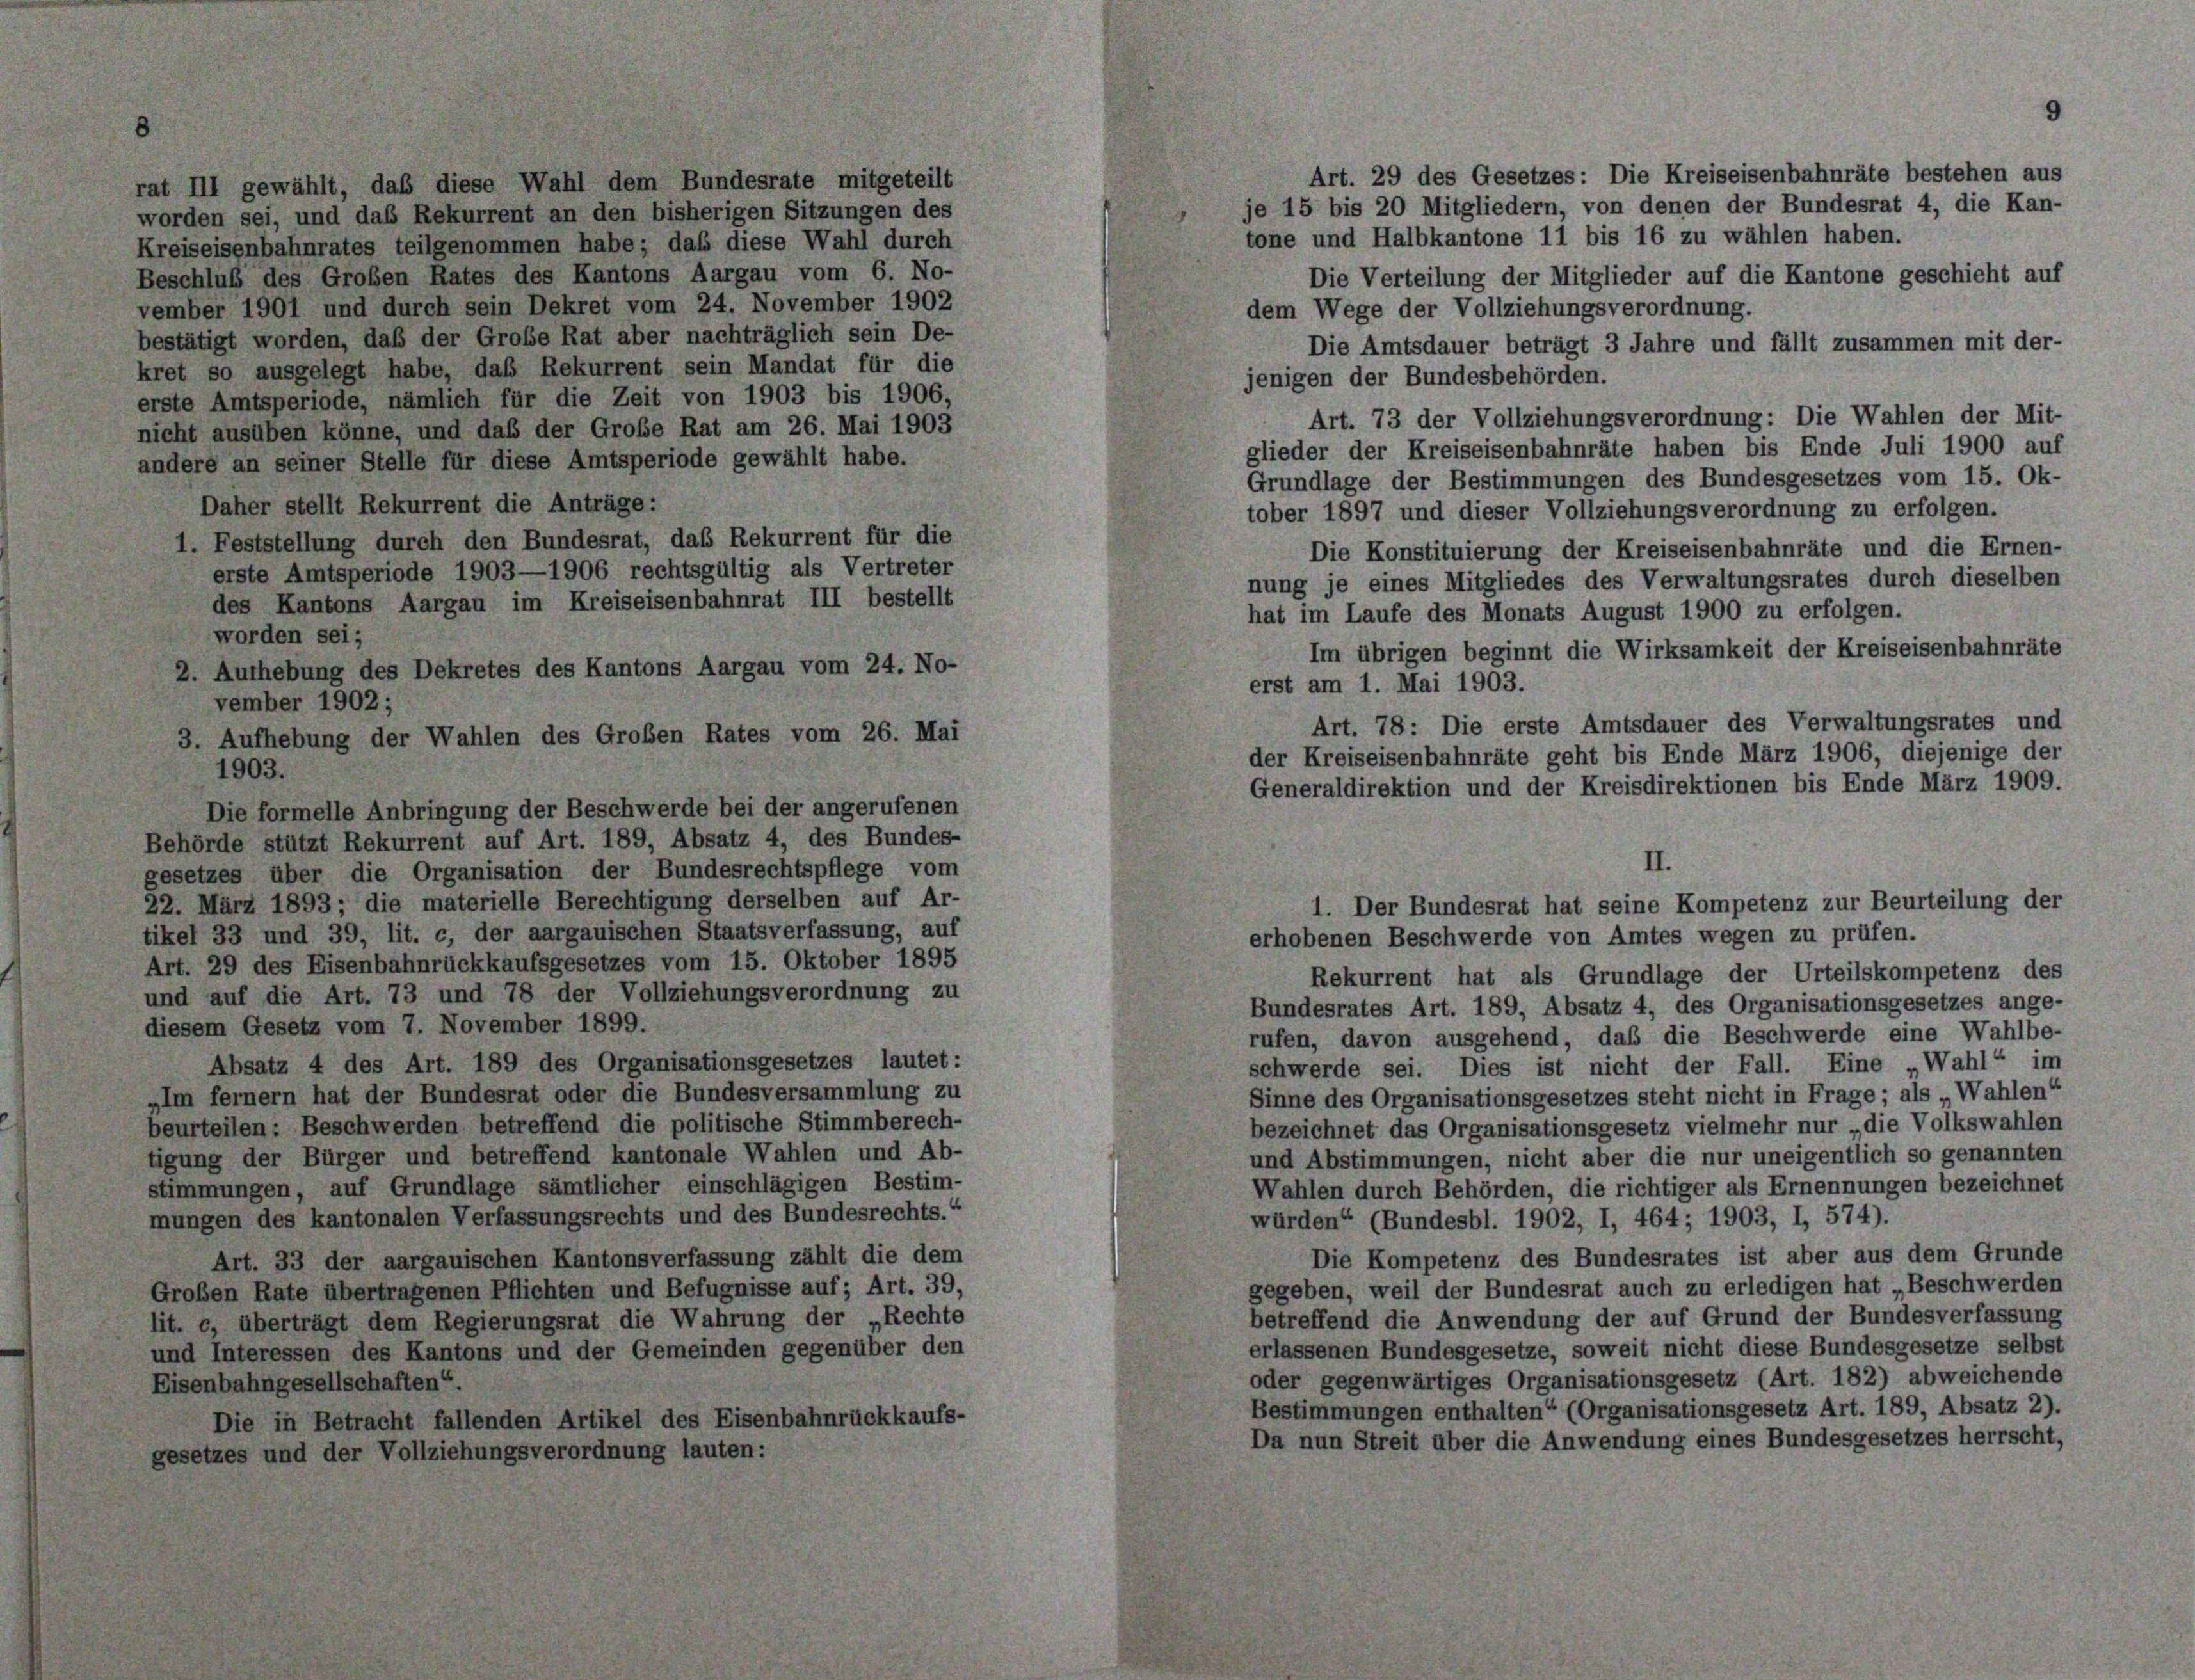
Art. 29 des Gesetzes: Die Kreiseisenbahnräte bestehen aus
rat III gewählt, daß diese Wahl dem Bundesrate mitgeteilt
je 15 bis 20 Mitgliedern, von denen der Bundesrat 4, die Kan-
worden sei, und daß Rekurrent an den bisherigen Sitzungen des
tone und Halbkantone 11 bis 16 zu wählen haben.
Kreiseisenbahnrates teilgenommen habe; daß diese Wahl durch
Beschluß des Großen Rates des Kantons Aargau vom 6. No-
Die Verteilung der Mitglieder auf die Kantone geschieht auf
vember 1901 und durch sein Dekret vom 24. November 1902
dem Wege der Vollziehungsverordnung.
bestätigt worden, daß der Große Rat aber nachträglich sein De-
Die Amtsdauer beträgt 3 Jahre und fällt zusammen mit der-
kret so ausgelegt habe, daß Rekurrent sein Mandat für die
jenigen der Bundesbehörden.
erste Amtsperiode, nämlich für die Zeit von 1903 bis 1906,
Art. 73 der Vollziehungsverordnung: Die Wahlen der Mit-
nicht ausüben könne, und daß der Große Rat am 26. Mai 1903
glieder der Kreiseisenbahnräte haben bis Ende Juli 1900 auf
andere an seiner Stelle für diese Amtsperiode gewählt habe.
Grundlage der Bestimmungen des Bundesgesetzes vom 15. Ok-
Daher stellt Rekurrent die Anträge:
tober 1897 und dieser Vollziehungsverordnung zu erfolgen.
1. Feststellung durch den Bundesrat, das Rekurrent für die
Die Konstituierung der Kreiseisenbahnräte und die Ernen-
erste Amtsperiode 1903—1906 rechtsgültig als Vertreter
nung je eines Mitgliedes des Verwaltungsrates durch dieselben
des Kantons Aargau im Kreiseisenbahnrat III bestellt
hat im Laufe des Monats August 1900 zu erfolgen.
worden sei;
2. Aufhebung des Dekretes des Kantons Aargau vom 24. No-
vember 1902;
3. Aufhebung der Wahlen des Großen Rates vom 26. Mai
1903.
Die formelle Anbringung der Beschwerde bei der angerufenen
Behörde stützt Rekurrent auf Art. 189, Absatz 4, des Bundes-
gesetzes über die Organisation der Bundesrechtspflege vom
22. März 1893 ; die materielle Berechtigung derselben auf Ar-
tikel 33 und 39, lit. c, der aargauischen Staatsverfassung, auf
erhobenen Beschwerde von Amtes wegen zu prüfen.
Art. 29 des Eisenbahnrückkaufsgesetzes vom 15. Oktober 1895
Rekurrent hat als Grundlage der Urteilskompetenz des
und auf die Art. 73 und 78 der Vollziehungsverordnung zu
Bundesrates Art. 189, Absatz 4, des Organisationsgesetzes ange-
diesem Gesetz vom 7. November 1899.
rufen, davon ausgehend, daß die Beschwerde eine Wahlbe-
Absatz 4 des Art. 189 des Organisationsgesetzes lautet:
schwerde sei. Dies ist nicht der Fall. Eine „Wahl“ im
„Im fernem hat der Bundesrat oder die Bundesversammlung zu
Sinne des Organisationsgesetzes steht nicht in Frage; als „Wahlen“
beurteilen: Beschwerden betreffend die politische Stimmberech-
bezeichnet das Organisationsgesetz vielmehr nur „die Volkswahlen
tigung der Bürger und betreffend kantonale Wahlen und Ab-
und Abstimmungen, nicht aber die nur uneigentlich so genannten
stimmungen, auf Grundlage sämtlicher einschlägigen Bestim-
Wahlen durch Behörden, die richtiger als Ernennungen bezeichnet
mungen des kantonalen Verfassungsrechts und des Bundesrechts.“
würden“ (Bundesbl. 1902, I, 464; 1903, I, 574).
Die Kompetenz des Bundesrates ist aber aus dem Grunde
Art. 33 der aargauischen Kantonsverfassung zählt die dem
gegeben, weil der Bundesrat auch zu erledigen hat „Beschwerden
Großen Rate übertragenen Pflichten und Befugnisse auf; Art. 39,
betreffend die Anwendung der auf Grund der Bundesverfassung
lit. c, überträgt dem Regierungsrat die Wahrung der „Rechte
erlassenen Bundesgesetze, soweit nicht diese Bundesgesetze selbst
und Interessen des Kantons und der Gemeinden gegenüber den
oder gegenwärtiges Organisationsgesetz (Art. 182) abweichende
Eisenbahngesellschaften“.
Bestimmungen enthalten“ (Organisationsgesetz Art. 189, Absatz 2).
Die in Betracht fallenden Artikel des Eisenbahnrückkaufs-
Da nun Streit über die Anwendung eines Bundesgesetzes herrscht,
gesetzes und der Vollziehungsverordnung lauten:

Im übrigen beginnt die Wirksamkeit der Kreiseisenbahnräte
erst am 1. Mai 1903.
Art. 78: Die erste Amtsdauer des Verwaltungsrates und
der Kreiseisenbahnräte geht bis Ende März 1906, diejenige der
Generaldirektion und der Kreisdirektionen bis Ende März 1909.
II.
1. Der Bundesrat hat seine Kompetenz zur Beurteilung der